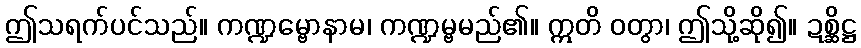
ဤသရက်ပင်သည်။ ကဏ္ဍမ္ဗောနာမ၊ ကဏ္ဍမ္ဗမည်၏။ ဣတိ ဝတွာ၊ ဤသို့ဆို၍။ ဍစ္ဆိဋ္ဌ